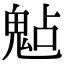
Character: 𩲦